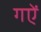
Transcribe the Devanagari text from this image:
गऐं